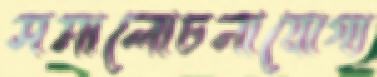
সমালোচনাযোগ্য